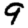
Digit: 9